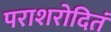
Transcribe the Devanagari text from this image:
पराशरोदितं